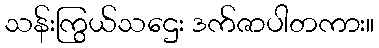
သန်းကြွယ်သဌေး ဒက်ဇာပါတကား။